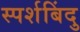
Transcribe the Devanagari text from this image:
स्पर्शबिंदु